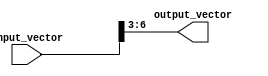
module part_select_example (
    input [7:0] input_vector,
    output reg [3:0] output_vector
);

always @* begin
    output_vector = input_vector[6:3]; // Assign a range of bits from input_vector to output_vector
end

endmodule